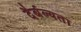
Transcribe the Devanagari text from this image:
दैर्बल्यता